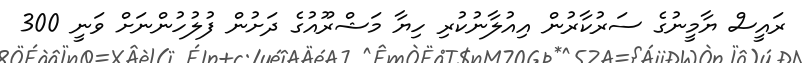
ރައީސް ޔާމީނުގެ ސަރުކާރުން އިއުލާނުކުރި ހިޔާ މަޝްރޫއުގެ ދަށުން ފުލުހުންނަށް ވަނީ 300